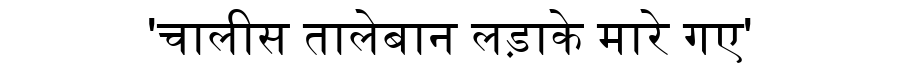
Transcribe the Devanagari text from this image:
'चालीस तालेबान लड़ाके मारे गए'